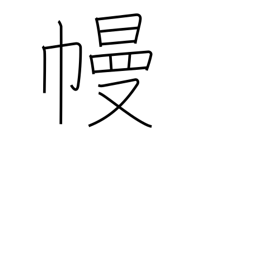
Meaning: curtain